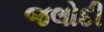
જલોદી